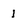
Character: I